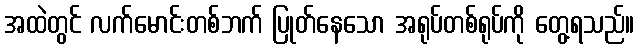
အထဲတွင် လက်မောင်းတစ်ဘက် ပြုတ်နေသော အရုပ်တစ်ရုပ်ကို တွေ့ရသည်။